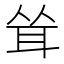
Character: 耸